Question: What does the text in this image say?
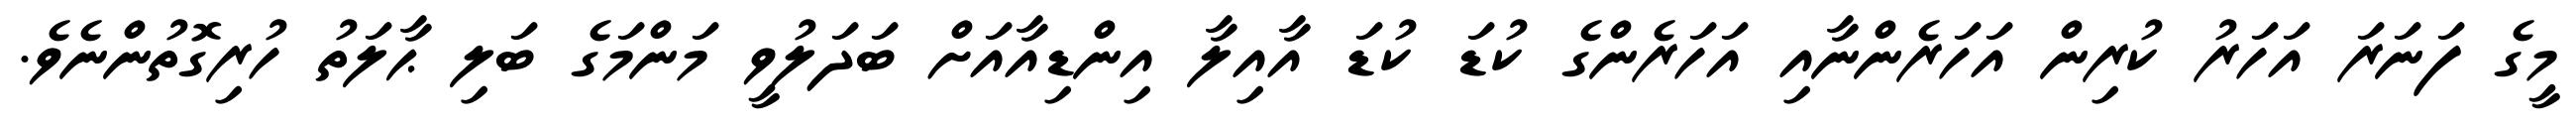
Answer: މީގެ ފަނަރަ އަހަރު ކުރިން އަހަރެންނާއި އަހަރެންގެ ކުޑަ ކުޑަ އާއިލާ އިންޑިއާއަށް ބަދަލުވީ މަންމަގެ ބަލި ޙާލަތު ހުރިގޮތުންނެވެ.